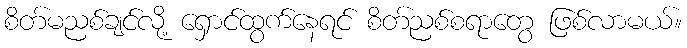
စိတ်မညစ်ချင်လို့ ရှောင်ထွက်နေရင် စိတ်ညစ်စရာတွေ ဖြစ်လာမယ်။